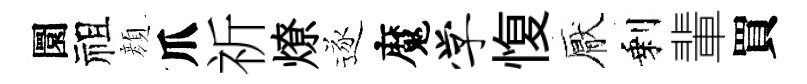
圜祖顔爪祈燎逐魔学愎厭剩輩買